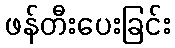
ဖန်တီးပေးခြင်း